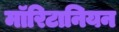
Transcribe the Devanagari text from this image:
मॉरिटानियन